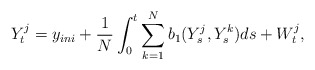
\begin{align*}Y^j_t = y_{ini} + \frac{1}{N}\int_0^t \sum_{k=1}^N b_1(Y^j_s,Y^k_s)ds + W^j_t,\end{align*}